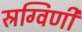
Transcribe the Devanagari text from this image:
स्रग्विणी